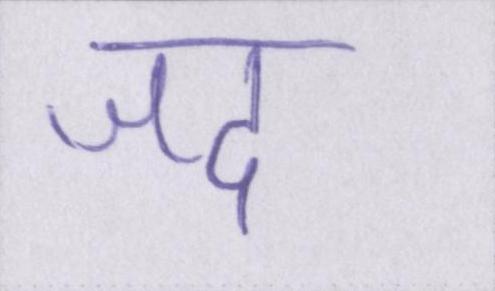
जद